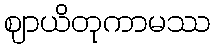
ဈာယိတုကာမဿ